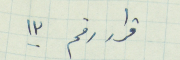
قرار رقم ١٣